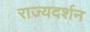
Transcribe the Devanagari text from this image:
राज्यदर्शन